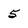
Character: 5